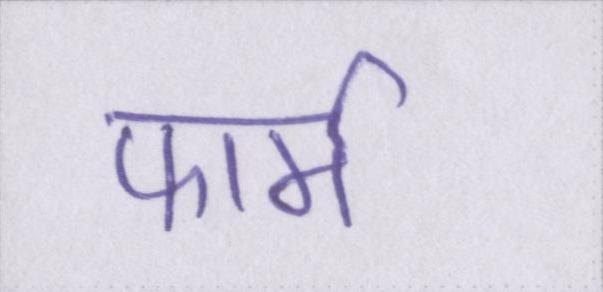
फार्म